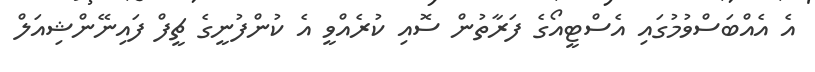
އެ އެއްބަސްވުމުގައި އެސްޓީއޯގެ ފަރާތުން ސޮއި ކުރެއްވީ އެ ކުންފުނީގެ ޗީފް ފައިނޭންޝިއަލް